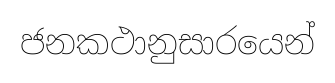
ජනකථානුසාරයෙන්